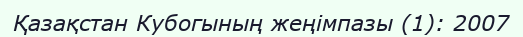
Қазақстан Кубогының жеңімпазы (1): 2007